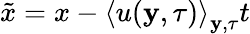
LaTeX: \tilde{x}=x-\left\langle u(\mathbf{y},\tau)\right\rangle_{\mathbf{y},\tau}t